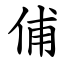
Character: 俌